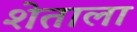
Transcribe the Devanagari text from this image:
शेताला